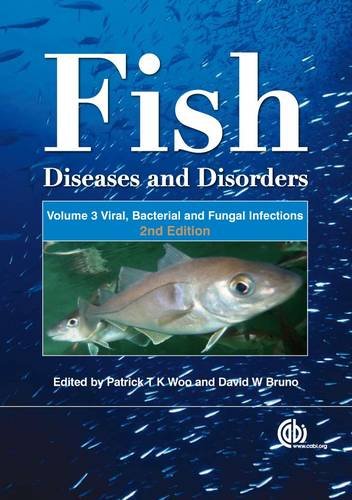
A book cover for Fish Diseases and Disorders; Medical Books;